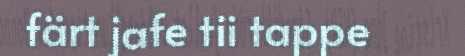
färt jafe tii tappe